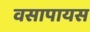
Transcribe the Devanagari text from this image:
वसापायस